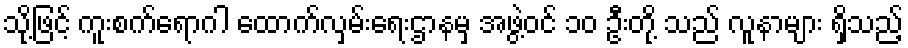
သို့ဖြင့် ကူးစက်ရောဂါ ထောက်လှမ်းရေးဌာနမှ အဖွဲ့ဝင် ၁၀ ဦးတို့ သည် လူနာများ ရှိသည့်